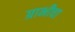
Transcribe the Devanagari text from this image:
ग्राभीचा